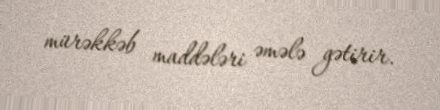
mürəkkəb maddələri əmələ gətirir.